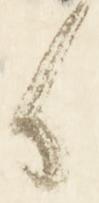
候